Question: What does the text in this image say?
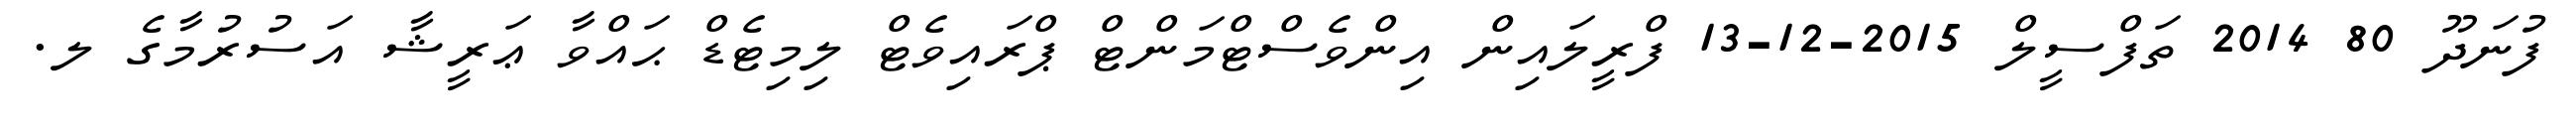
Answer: ފުނަދޫ 80 2014 ތަފްސީލް 2015-12-13 ފްރީލައިން އިންވެސްޓްމަންޓް ޕްރައިވެޓް ލިމިޓެޑް ޙައްވާ ޢަރީޝާ އަސުރުމާގެ ލ.